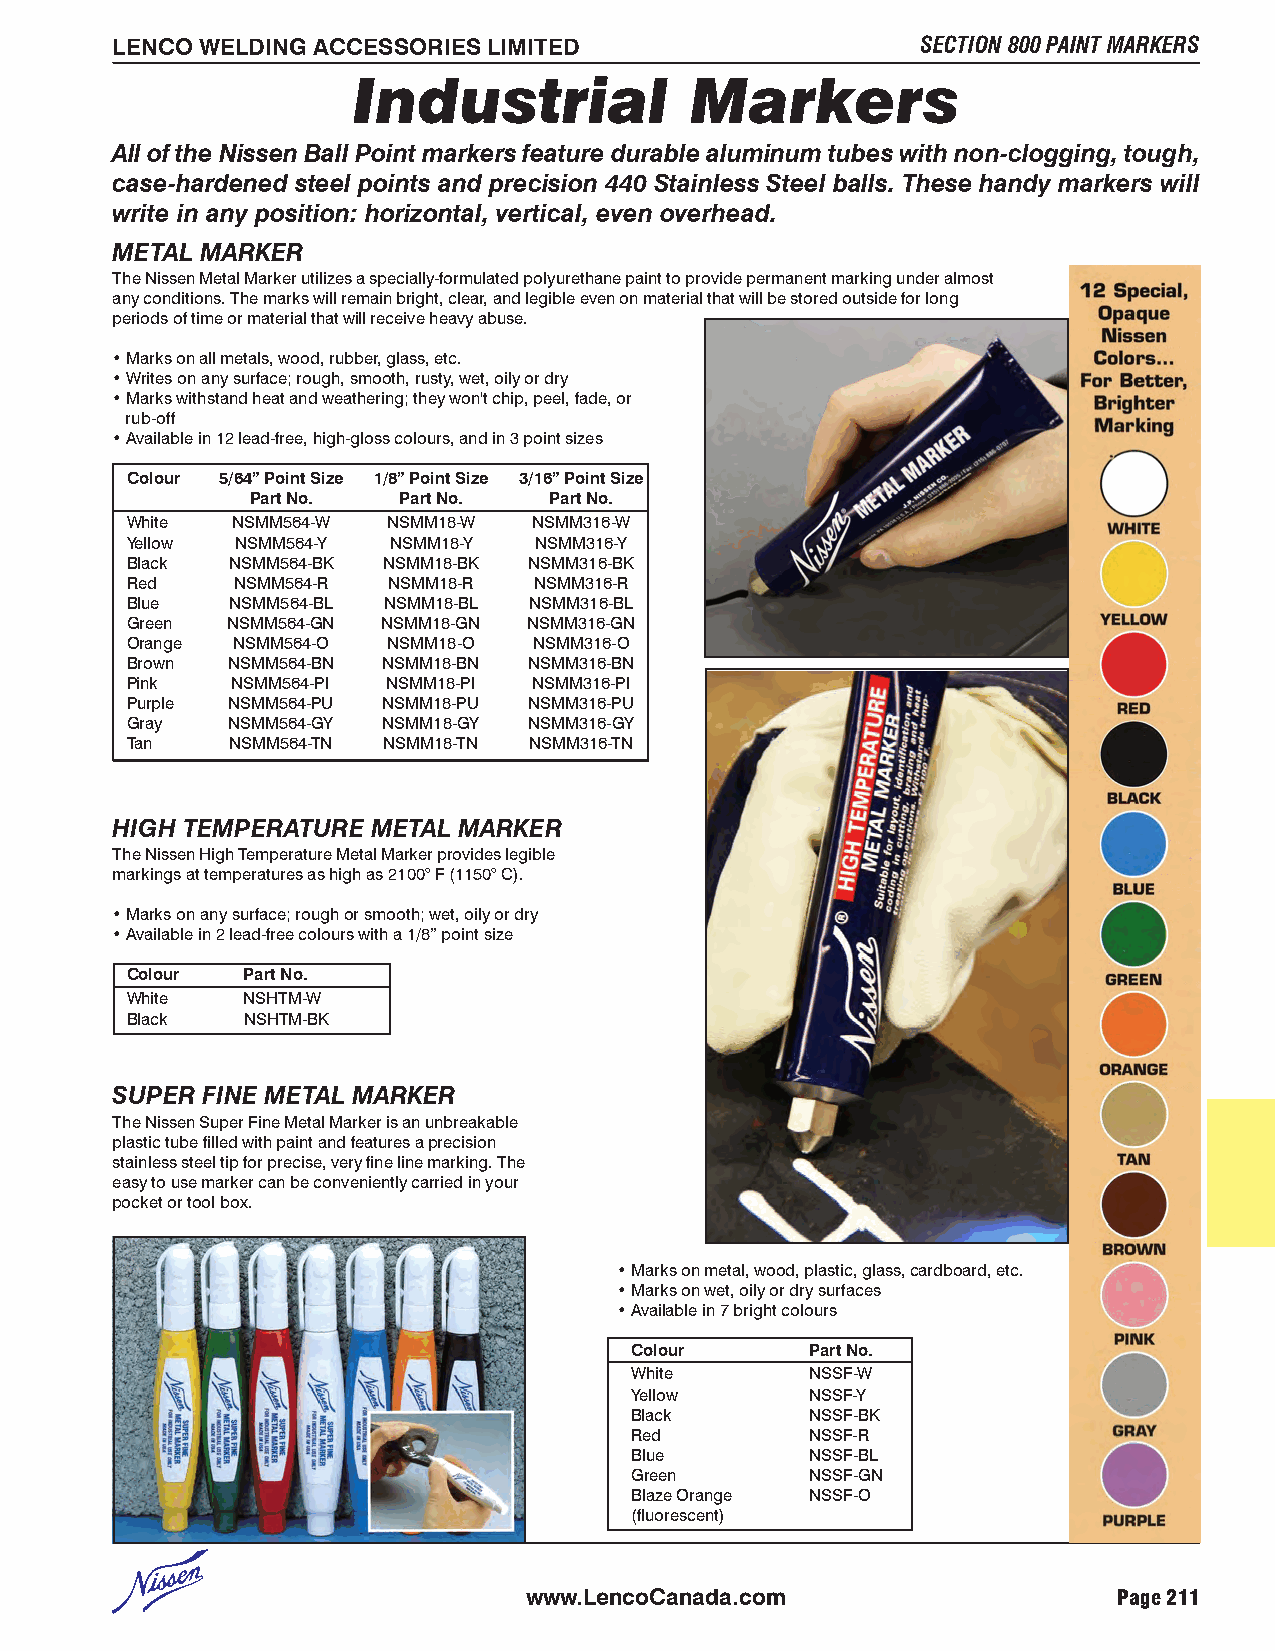
LENCO WELDING ACCESSORIES LIMITED                     SECTION 800 PAINT MARKERS
 Industrial             Markers
 All of the Nissen Ball Point markers feature durable aluminum tubes with non-clogging, tough,
 case-hardened steel points and precision 440 Stainless Steel balls. These handy markers will
 write in any position: horizontal, vertical, even overhead.
 METAL MARKER
 The Nissen Metal Marker utilizes a specially-formulated polyurethane paint to provide permanent marking under almost
 any conditions. The marks will remain bright, clear, and legible even on material that will be stored outside for long
 periods of time or material that will receive heavy abuse.
 • Marks on all metals, wood, rubber, glass, etc.
 • Writes on any surface; rough, smooth, rusty, wet, oily or dry
 • Marks withstand heat and weathering; they won't chip, peel, fade, or
 rub-off
 • Available in 12 lead-free, high-gloss colours, and in 3 point sizes
 Colour 5/64” Point Size 1/8” Point Size 3/16” Point Size
 Part No. Part No.  Part No.
 White  NSMM564-W  NSMM18-W NSMM316-W
 Yellow  NSMM564-Y NSMM18-Y NSMM316-Y
 Black  NSMM564-BK NSMM18-BK NSMM316-BK
 Red     NSMM564-R NSMM18-R NSMM316-R
 Blue   NSMM564-BL NSMM18-BL NSMM316-BL
 Green  NSMM564-GN NSMM18-GN NSMM316-GN
 Orange NSMM564-O  NSMM18-O NSMM316-O
 Brown  NSMM564-BN NSMM18-BN NSMM316-BN
 Pink   NSMM564-PI NSMM18-PI NSMM316-PI
 Purple NSMM564-PU NSMM18-PU NSMM316-PU
 Gray   NSMM564-GY NSMM18-GY NSMM316-GY
 Tan    NSMM564-TN NSMM18-TN NSMM316-TN
 HIGH TEMPERATURE  METAL MARKER
 The Nissen High Temperature Metal Marker provides legible
 markings at temperatures as high as 2100° F (1150° C).
 • Marks on any surface; rough or smooth; wet, oily or dry
 • Available in 2 lead-free colours with a 1/8” point size
 Colour  Part No.
 White   NSHTM-W
 Black   NSHTM-BK
 SUPER FINE METAL MARKER
 The Nissen Super Fine Metal Marker is an unbreakable
 plastic tube filled with paint and features a precision
 stainless steel tip for precise, very fine line marking. The
 easy to use marker can be conveniently carried in your
 pocket or tool box.
 • Marks on metal, wood, plastic, glass, cardboard, etc.
 • Marks on wet, oily or dry surfaces
 • Available in 7 bright colours
 Colour      Part No.
 White       NSSF-W
 Yellow      NSSF-Y
 Black       NSSF-BK
 Red         NSSF-R
 Blue        NSSF-BL
 Green       NSSF-GN
 Blaze Orange NSSF-O
 (fluorescent)
 www.LencoCanada.com                    Page 211